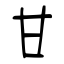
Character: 甘